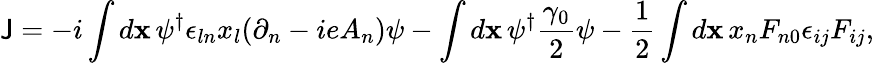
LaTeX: {\cal\mathsf{J}}=-i\int{d{\mathbf{x}}\, \psi^{\dagger}\epsilon_{ln}x_{l}(\partial_{n}-ieA_{n})\psi}-\int{d{\mathbf{x}}\, \psi^{\dagger}\frac{{\gamma_{0}}}{{2}}\psi}-\frac{{1}}{{2}}\int{d{\mathbf{x}}\, x_{n}F_{n0}\epsilon_{ij}F_{ij}},